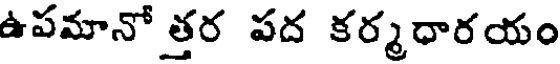
ఉపమానో త్తర పద కర్మధారయం